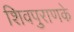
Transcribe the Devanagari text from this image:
शिवपुराणके